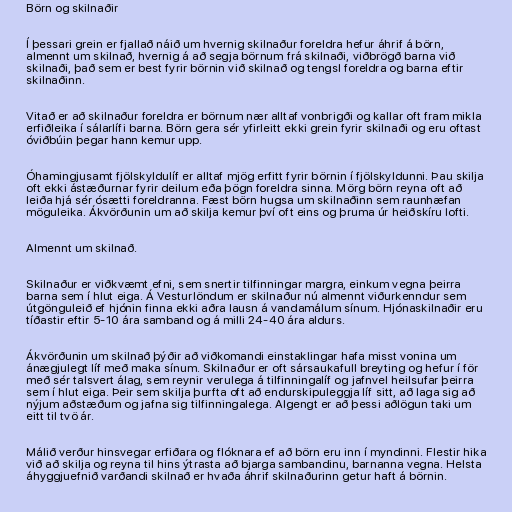
Börn og skilnaðir

Í þessari grein er fjallað náið um hvernig skilnaður foreldra hefur áhrif á börn,
almennt um skilnað, hvernig á að segja börnum frá skilnaði, viðbrögð barna við
skilnaði, það sem er best fyrir börnin við skilnað og tengsl foreldra og barna eftir
skilnaðinn.

Vitað er að skilnaður foreldra er börnum nær alltaf vonbrigði og kallar oft fram mikla
erfiðleika í sálarlífi barna. Börn gera sér yfirleitt ekki grein fyrir skilnaði og eru oftast
óviðbúin þegar hann kemur upp.

Óhamingjusamt fjölskyldulíf er alltaf mjög erfitt fyrir börnin í fjölskyldunni. Þau skilja
oft ekki ástæðurnar fyrir deilum eða þögn foreldra sinna. Mörg börn reyna oft að
leiða hjá sér ósætti foreldranna. Fæst börn hugsa um skilnaðinn sem raunhæfan
möguleika. Ákvörðunin um að skilja kemur því oft eins og þruma úr heiðskíru lofti.

Almennt um skilnað.

Skilnaður er viðkvæmt efni, sem snertir tilfinningar margra, einkum vegna þeirra
barna sem í hlut eiga. Á Vesturlöndum er skilnaður nú almennt viðurkenndur sem
útgönguleið ef hjónin finna ekki aðra lausn á vandamálum sínum. Hjónaskilnaðir eru
tíðastir eftir 5-10 ára samband og á milli 24-40 ára aldurs.

Ákvörðunin um skilnað þýðir að viðkomandi einstaklingar hafa misst vonina um
ánægjulegt líf með maka sínum. Skilnaður er oft sársaukafull breyting og hefur í för
með sér talsvert álag, sem reynir verulega á tilfinningalíf og jafnvel heilsufar þeirra
sem í hlut eiga. Þeir sem skilja þurfta oft að endurskipuleggja líf sitt, að laga sig að
nýjum aðstæðum og jafna sig tilfinningalega. Algengt er að þessi aðlögun taki um
eitt til tvö ár.

Málið verður hinsvegar erfiðara og flóknara ef að börn eru inn í myndinni. Flestir hika
við að skilja og reyna til hins ýtrasta að bjarga sambandinu, barnanna vegna. Helsta
áhyggjuefnið varðandi skilnað er hvaða áhrif skilnaðurinn getur haft á börnin.